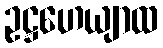
ဥဋ္ဌဟေယျာထ